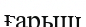
ғарыш